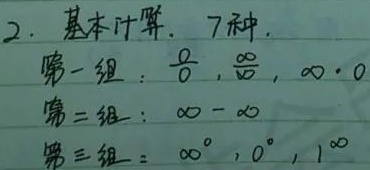
2. 基本计算. 7种.
第一组：\(\frac{0}{0}\), \(\frac{\infty}{\infty}\), \(\infty\cdot0\)
第二组：\(\infty - \infty\)
第三组：\(\infty^{0}\), \(0^{0}\), \(1^{\infty}\)